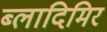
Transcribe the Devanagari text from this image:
ब्लादिमिर